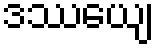
ဒဿေယျ